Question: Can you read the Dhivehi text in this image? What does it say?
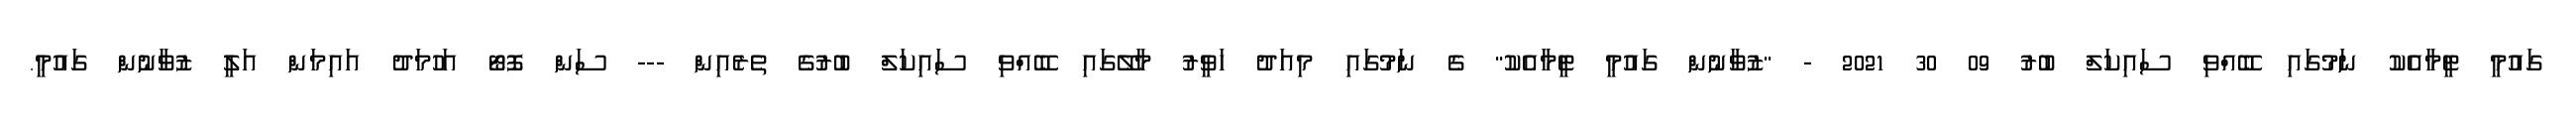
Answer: ގައުމީ ޓީމާއެކު ނަމުގައި ބޭއްވި ސައިކަލް ބުރު 09 30 2021 - "ޒުވާނުން ގައުމީ ޓީމާއެކު" ގެ ނަމުގައި މިއަދު ހަވީރު މާލޭގައި ބޭއްވި ސައިކަލް ބުރުގެ ތެރެއިން --- ސަން ފޮޓޯ އަހުމަދު އައިމަން އަލީ ޒުވާނުން ގައުމީ.